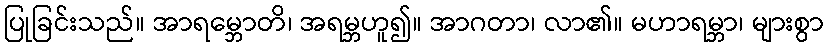
ပြုခြင်းသည်။ အာရမ္ဘောတိ၊ အရမ္ဘဟူ၍။ အာဂတာ၊ လာ၏။ မဟာရမ္ဘာ၊ များစွာ